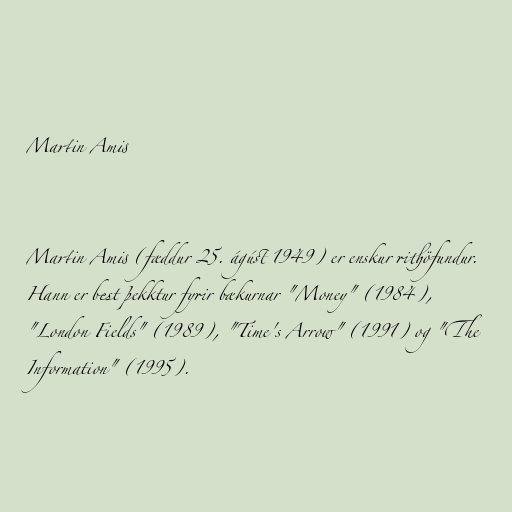
Martin Amis

Martin Amis (fæddur 25. ágúst 1949) er enskur rithöfundur.
Hann er best þekktur fyrir bækurnar "Money" (1984),
"London Fields" (1989), "Time's Arrow" (1991) og "The
Information" (1995).